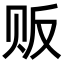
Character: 贩